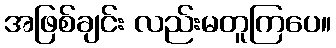
အဖြစ်ချင်း လည်းမတူကြပေ။